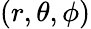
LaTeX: (r,\theta,\phi)